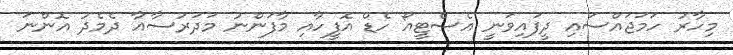
މިހާރު ހަމަޖައްސައި ދީފައިވަނީ އެސްޓީއޯ ހެޑް އޮފީހާއި މާފަންނު މަދަރުސާއާ ދެމެދު އޮންނަ